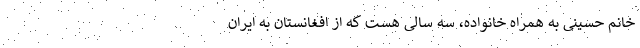
خانم حسینی به همراه خانواده، سه سالی هست که از افغانستان به ایران